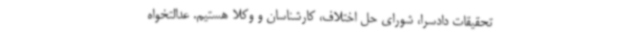
تحقیقات دادسرا، شورای حل اختلاف، کارشناسان و وکلا هستیم. عدالتخواه